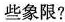
些象限?